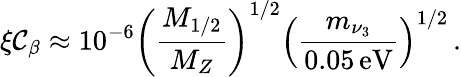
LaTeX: \xi\mathcal{C}_{\beta}\approx10^{-6}\left(\frac{{M_{1/2}}}{{M_{Z}}}\right)^{1/2}\left(\frac{{m_{\nu_{3}}}}{{0.05\, \mathrm{{eV}}}}\right)^{1/2}\, .